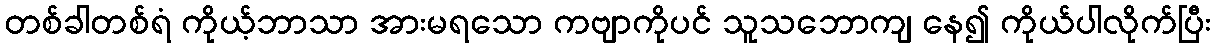
တစ်ခါတစ်ရံ ကိုယ့်ဘာသာ အားမရသော ကဗျာကိုပင် သူသဘောကျ နေ၍ ကိုယ်ပါလိုက်ပြီး